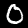
Label: 0